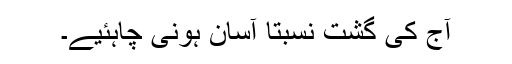
آج کی گشت نسبتاً آسان ہونی چاہئیے۔